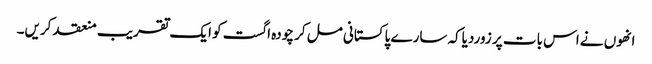
انھوں نے اس بات پر زوردیاکہ سارے پاکستانی مل کر چودہ اگست کو ایک تقریب منعقد کریں۔